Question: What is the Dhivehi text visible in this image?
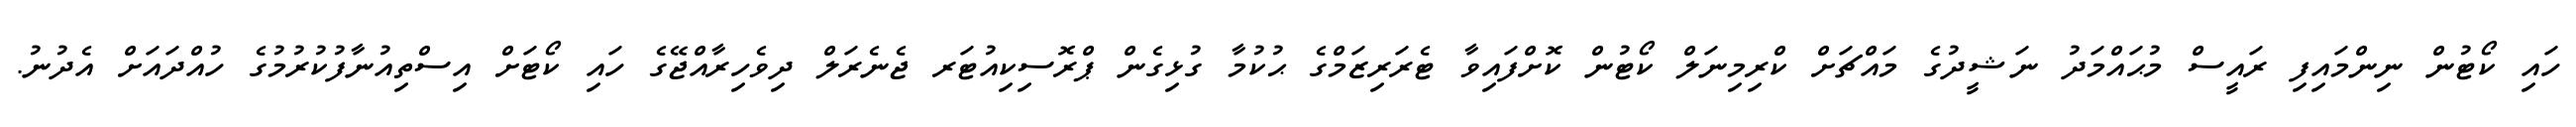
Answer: ހައި ކޯޓުން ނިންމައިފި ރައީސް މުޙައްމަދު ނަޝީދުގެ މައްޗަށް ކްރިމިނަލް ކޯޓުން ކޮށްފައިވާ ޓެރަރިޒަމްގެ ޙުކުމާ ގުޅިގެން ޕްރޮސިކިއުޓަރ ޖެނެރަލް ދިވެހިރާއްޖޭގެ ހައި ކޯޓަށް އިސްތިއުނާފުކުރުމުގެ ހުއްދައަށް އެދުނު.